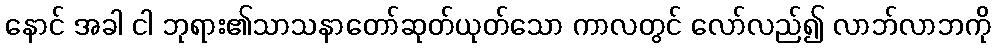
နောင် အခါ ငါ ဘုရား၏သာသနာတော်ဆုတ်ယုတ်သော ကာလတွင် လော်လည်၍ လာဘ်လာဘကို